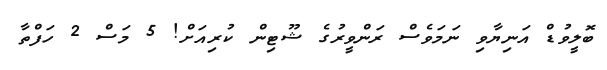
ބޮލީވުޑް އަނިޔާވި ނަމަވެސް ރަންވީރުގެ ޝޫޓިން ކުރިއަށް! 5 މަސް 2 ހަފްތާ